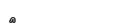
٧